Vaccination in the Punjab 1883-1896 - 1883-1896
Year: 1883
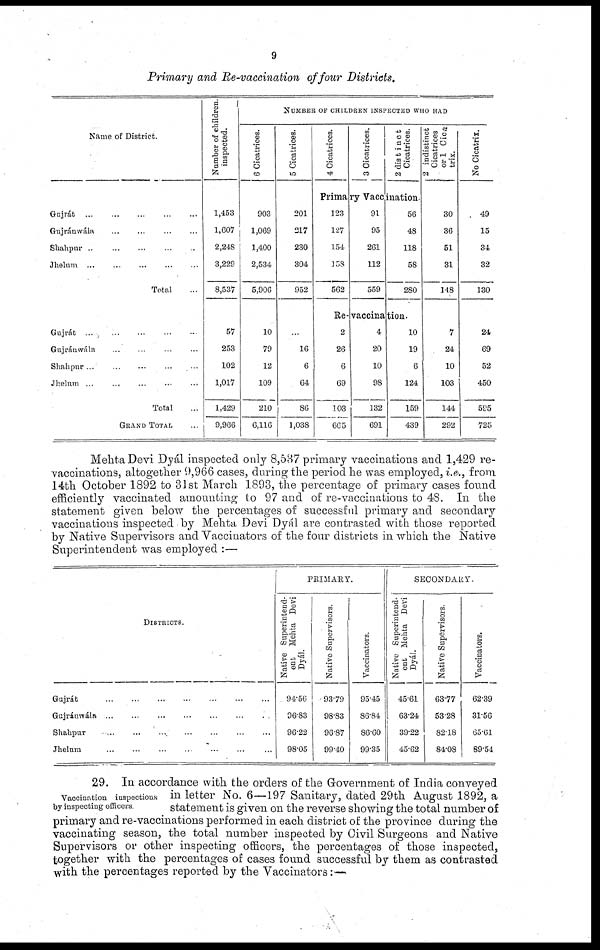
9
Primary and Re-vaccination of four Districts.
Name of District.
Gujrát ... ... ... ... ...
Gujránwála ... ... ... ...
Shahpur ... ... ... ...
Jhelum ... ... ... ... ...
Total ...
Gujrát ... ... ... ... ...
Gujránwála ... ... ... ...
Shahpur ... ... ... ... ...
Jhelum ... ... ... ... ...
Total ...
GRAND TOTAL ...
Number of children
inspected.
1,453
1,607
2,248
3,229
8,537
57
253
102
1,017
1,429
9,966
NUMBER OF CHILDREN INSPECTED WHO HAD
6 Cicatrices.
903
1,069
1,400
2,534
5,906
10
79
12
109
210
6,116
5 Cicatrices.
201
217
230
304
952
...
16
6
64
86
1,038
4 Cicatrices.
3 Cicatrices.
2 distinct
Cicatrices
Primary Vaccination.
123
127
154
158
562
91
95
261
112
559
56
48
118
58
280
Re-vaccination.
2
26
6
69
103
665
4
20
10
98
132
691
10
19
6
124
159
439
2 indistinct
Cicatrices
or 1 Cica
trix.
30
36
51
31
148
7
24
10
103
144
292
No Cicatrix.
49
15
34
32
130
24
69
52
450
595
725
Mehta Devi Dyál inspected only 8,587 primary vaccinations and 1,429 re-
vaccinations, altogether 9,966 cases, during the period he was employed, i.e., from
14th October 1892 to 31st March 1893, the percentage of primary cases found
efficiently vaccinated amounting to 97 and of re-vaccinations to 48. In the
statement given below the percentages of successful primary and secondary
vaccinations inspected by Mehta Devi Dyál are contrasted with those reported
by Native Supervisors and Vaccinators of the four districts in which the Native
Superintendent was employed :—
DISTRICTS.
Gujrát ... ... ... ... ... ...
Gujránwála ... ... ... ... ... ...
Shahpur ... ... ... ... ... ...
Jhelum
... ... ... ... ... ...
PRIMARY.
Native Superintend-
ent Mehta Devi
Dyál.
94.56
96.83
96.22
98.05
Native Supervisors.
93.79
98.83
96.87
99.40
Vaccinators.
95.45
86.84
86.60
99.35
SECONDARY.
Native Superintend-
ent Mehta Devi
Dyál.
45.61
63.24
39.22
45.62
Native Supervisors
63.77
53.28
82.18
84.08
Vaccinators.
62.39
31.56
65.61
89.54
Vaccination inspections
by inspecting officers
29. In accordance with the orders of the Government of India conveyed
in letter No. 6—197 Sanitary, dated 29th August 1892, a
statement is given on the reverse showing the total number of
primary and re-vaccinations performed in each district of the province during the
vaccinating season, the total number inspected by Civil Surgeons and Native
Supervisors or other inspecting officers, the percentages of those inspected,
together with the percentages of cases found successful by them as contrasted
with the percentages reported by the Vaccinators:—